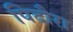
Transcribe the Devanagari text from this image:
पिदौरा